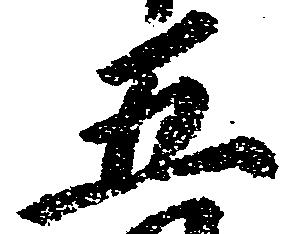
五